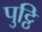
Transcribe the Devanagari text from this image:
पुट्ठि